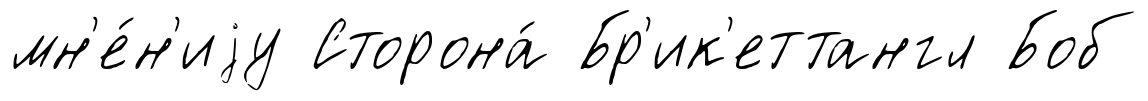
мн'е́н'иjу Сторона́ Бр'ик'еттангл Боб